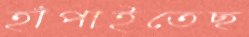
হাঁপাইতেছ